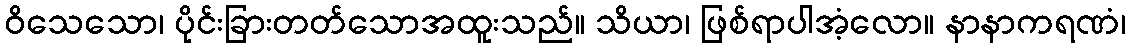
ဝိသေသော၊ ပိုင်းခြားတတ်သောအထူးသည်။ သိယာ၊ ဖြစ်ရာပါအံ့လော။ နာနာကရဏံ၊